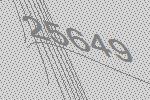
25649